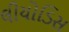
લીયોડિસ